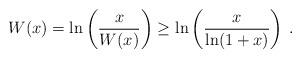
LaTeX: \begin{align*}W(x)= \ln \left( \frac{x}{W(x)} \right)\ge \ln \left( \frac{x}{\ln (1+x)} \right) \: .\end{align*}